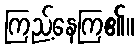
ကြည့်နေကြ၏။